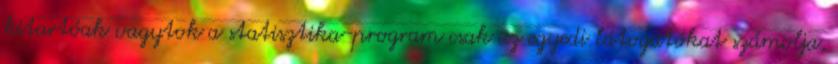
kitartóak vagytok a statisztika-program csak az egyedi látogatókat számolja,